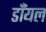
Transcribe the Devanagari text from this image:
डाँयल